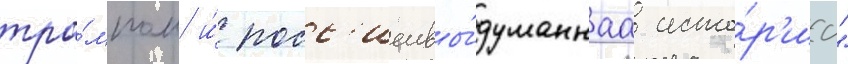
тра́мпом и́ росс'иеивы́думаннаа исто́р'иа"